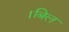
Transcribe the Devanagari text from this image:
।बिल